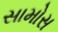
સામોસ